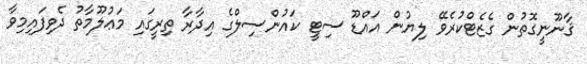
ޤާނޫނީގޮތުން ގެޒެޓްކުރެވޭ ލިޔުން އައްޑޫ ސިޓީ ކައުންސިލްގެ އިދާރާ ތިރީގައި މަޢުލޫމާތު ދެވިފައިމިވާ